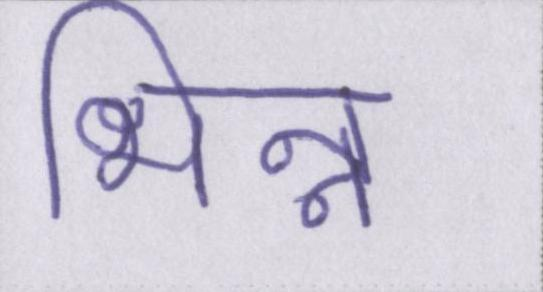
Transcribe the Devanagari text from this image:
भिन्न